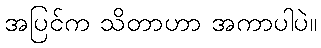
အပြင်က သိတာဟာ အကာပါပဲ။